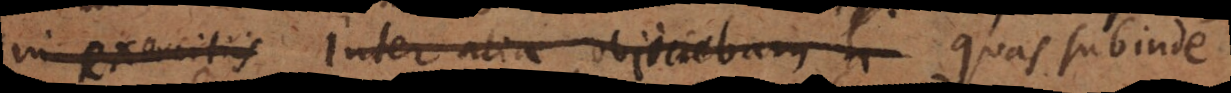
in exercitiis inter alia objiciebam quas subinde